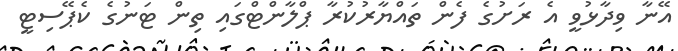
އޭނާ ވިދާޅުވީ އެ ރަށުގެ ފެން ތައްޔާރުކުރާ ޕްލާންޓްގައި ތިން ޓަނުގެ ކެޕޭސިޓީ